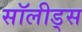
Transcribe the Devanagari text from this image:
सॉलीड्स